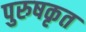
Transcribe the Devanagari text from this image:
पुरुषकृत